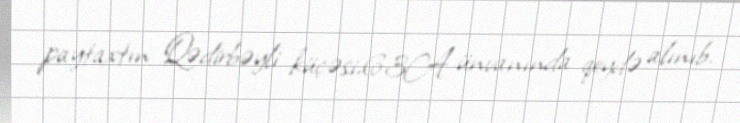
paytaxtın Qədirbəyli küçəsi,63A ünvanında qeydə alınıb.